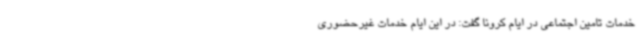
خدمات تامین اجتماعی در ایام کرونا گفت: در این ایام خدمات غیرحضوری